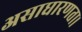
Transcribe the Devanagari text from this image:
असाधारणता।